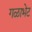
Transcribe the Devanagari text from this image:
गळाभेट